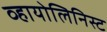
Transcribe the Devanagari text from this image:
व्हायोलिनिस्ट